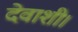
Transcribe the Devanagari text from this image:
देवाशी।